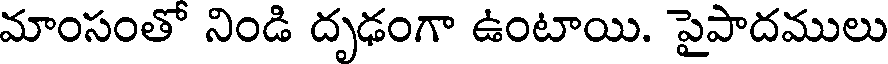
మాంసంతో నిండి దృఢంగా ఉంటాయి. పైపాదములు